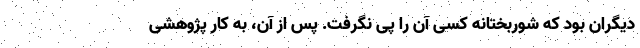
دیگران بود که شوربختانه کسی آن را پی نگرفت. پس از آن، به کار پژوهشی